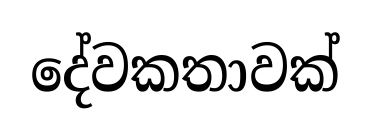
දේවකතාවක්